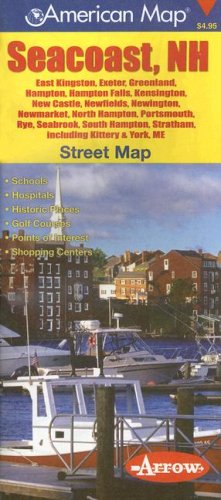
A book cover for American Map Seacoast, NH Street Map; Travel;